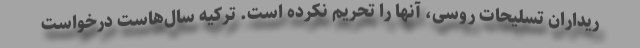
ریداران تسلیحات روسی، آنها را تحریم نکرده است. ترکیه سال‌هاست درخواست